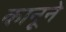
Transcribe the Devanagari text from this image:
कानूने